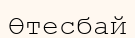
Өтесбай